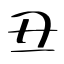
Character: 丑